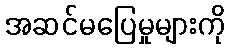
အဆင်မပြေမှုများကို